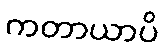
ကတာယာပိ